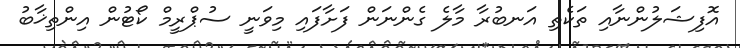
އޮފިޝަލުންނާއި ތަކެތި އަނބުރާ މާލެ ގެންނަން ފަށާފައި މިވަނީ ސުޕްރީމް ކޯޓުން އިންތިޚާބު